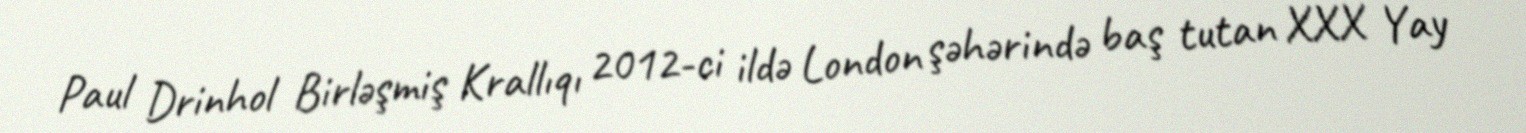
Paul Drinhol Birləşmiş Krallıqı 2012-ci ildə London şəhərində baş tutan XXX Yay